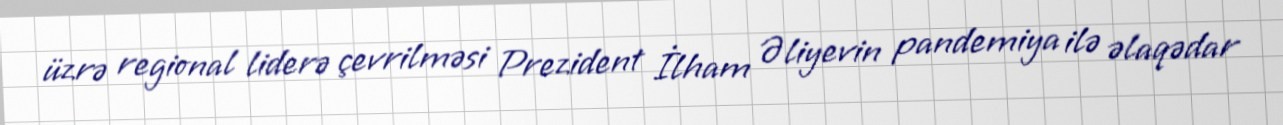
üzrə regional liderə çevrilməsi Prezident İlham Əliyevin pandemiya ilə əlaqədar